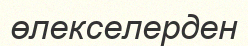
өлекселерден